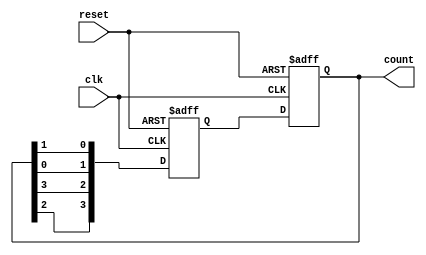
module johnson_counter (
    input wire clk,
    input wire reset,
    output reg [3:0] count
);

reg [3:0] next_count;

always @(posedge clk or posedge reset) begin
    if (reset) begin
        count <= 4'b0000;
    end else begin
        count <= next_count;
    end
end

always @(posedge clk or posedge reset) begin
    if (reset) begin
        next_count <= 4'b0001;
    end else begin
        next_count <= {count[2], count[3], count[0], count[1]};
    end
end

endmodule